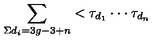
\sum _ { \Sigma d _ { i } = 3 g - 3 + n } < \tau _ { d _ { 1 } } \cdot \cdot \cdot \tau _ { d _ { n } }